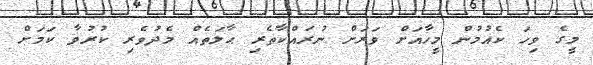
މީގެ ވިހަ ކެއުމުން މީހާއަށް ވަރަށް ނުރައްކާތެރި ޙާލަތެއް މެދުވެރި ކުރުވާ ކަމަށް